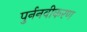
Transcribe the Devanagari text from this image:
पुर्ननवीकरण